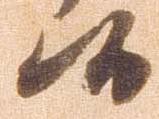
候